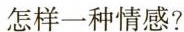
怎样一种情感?